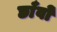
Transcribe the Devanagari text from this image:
छाँवों